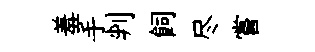
羞手判飼尽嘗